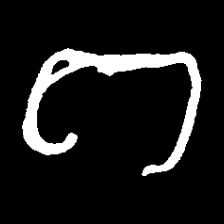
Pyu character \u2014 Myanmar letter: ဂ (romanized: ga)